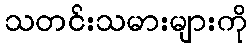
သတင်းသမားများကို